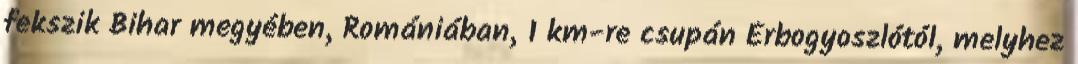
fekszik Bihar megyében, Romániában, 1 km-re csupán Érbogyoszlótól, melyhez